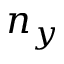
n _ { y }